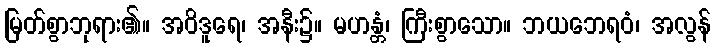
မြတ်စွာဘုရား၏။ အဝိဒူရေ၊ အနီး၌။ မဟန္တံ၊ ကြီးစွာသော။ ဘယဘေရဝံ၊ အလွန်